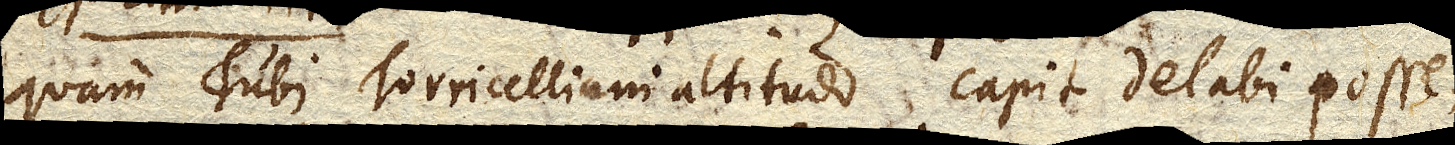
quam Tubi Torricelliani altitudo capit delabi posse.